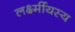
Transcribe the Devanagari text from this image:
लर्क्ष्मीयस्य